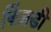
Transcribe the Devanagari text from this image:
क्ज़िंडी